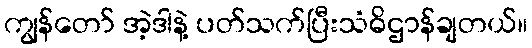
ကျွန်တော် အဲ့ဒါနဲ့ ပတ်သက်ပြီးသံဓိဌာန်ချတယ်။